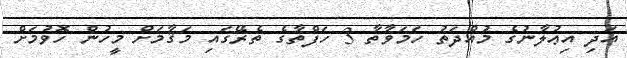
އަދި އިޢުލާނުގެ މުއްދަތު ހަމަވާތާ 3 ހަފްތާގެ ތެރޭގައި މަޤާމަށް މީހުން ހޮވުމަށް